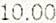
10.00